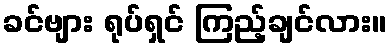
ခင်ဗျား ရုပ်ရှင် ကြည့်ချင်လား။